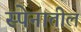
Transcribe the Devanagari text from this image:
स्पेनातील